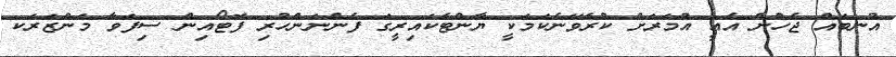
އުނބައް ޖެހުން އެއީ އުމަރަށް ކުރެވޭނެކަމަކީ ޔާންޓެކައިރީގަ ފެންނަންހުރި ފޮޓޯއިން ސިފަވާ މަންޒަރަކ